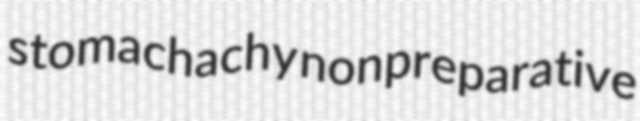
stomachachy nonpreparative